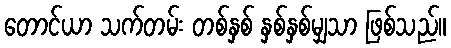
တောင်ယာ သက်တမ်း တစ်နှစ် နှစ်နှစ်မျှသာ ဖြစ်သည်။